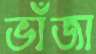
ভাঁজা